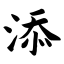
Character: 添